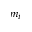
m _ { i }